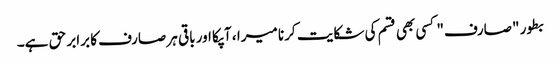
بطور "صارف" کسی بھی قسم کی شکایت کرنا میرا ، آپکا اور باقی ہر صارف کا برابر حق ہے۔